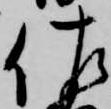
佐